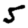
Digit: 5